Report of an investigation into the causes of malaria in Bombay and the measures necessary for its control
Disease focus: Malaria
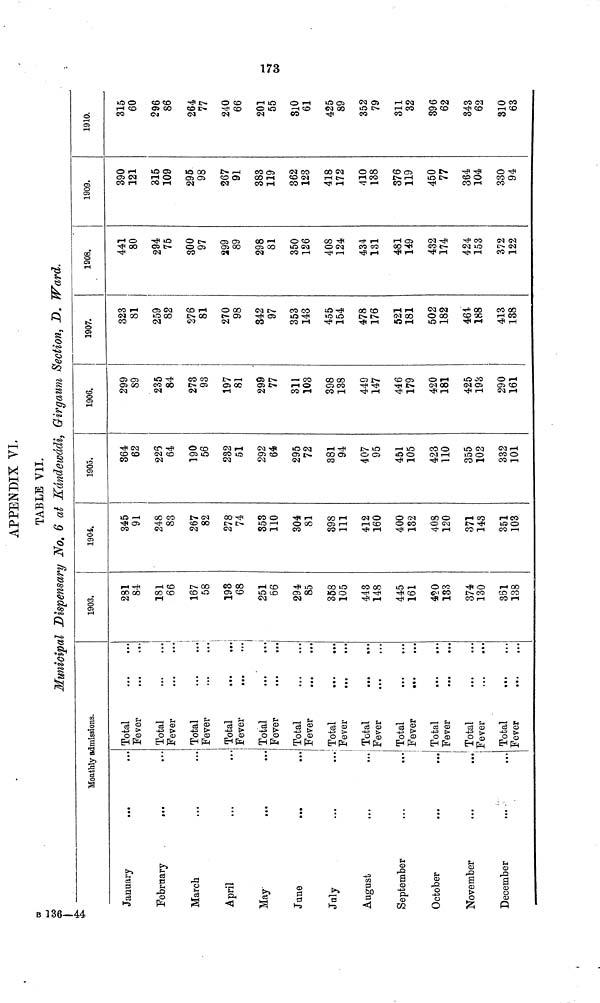
173
APPENDIX VI.
TABLE VII.
Municipal Dispensary No, 6 at Kándewádi, Girgaum Section, D. Ward.
Monthly admissions.
January
February
March
April
May
June
...
July
August
September
!
October
November
i
December
Total
Fever
Total
Fever
Total
Fever
Total
Fever
Total
... '
...
Fever
Total
Fever
Total
Fever
Total
Fever
Total
Fever
Total
Fever
Total
Fever
Total
Fever
1903.
281
84
181
66
167
58
193
i
68
251
66
294
85
358
105
443
148
445
161
420
133
374
130
361
138
1904.
345
91
248
83
267
82
278
74
353
110
304
81
398
111
412
160
400
132
408
120
371
143
351
103
1905.
364
62
226
64
190
56
232
51
292
64
295
72
381
94
407
95
451
105
423
110
355
102
332
101
1906.
299
89
235
84
273
93
197
81
299
77
311
103
398
138
449
147
446
179
420
181
425
198
290
161
1907.
323
81
259
82
276
81
270
98
342
97
353
143
455
154
478
176
521
181
502
182
464
188
413
138
1908.
441
80
294
75
300
97
299
89
298
81
350
126
408
124
434
131
481
149
432
174
424
153
372
122
1909.
390
121
315
109
295
98
267
91
383
119
362
123
418
172
410
138
376
119
450
77
364
104
330
94
1910.
315
60
296
86
264
77
240
66
201
55
810
61
425
89
352
79
311
32
396
62
343
62
310
63
B136-44